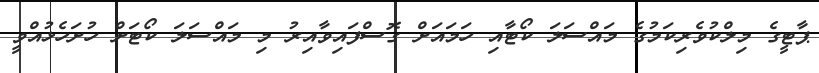
ޕާޓީގެ މިލްކުވެރިކަމުގެ މައްސަލަ ކޯޓާއި ހަމައަށް ގޮސްފައިވާއިރު މި މައްސަލަ ކޯޓަށް ހުށަހެޅުއްވީ